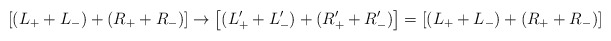
\begin{align*}\left[(L_++L_-)+(R_++R_-)\right] \rightarrow\left[(L_+'+L_-')+(R_+'+R_-')\right] = \left[(L_++L_-)+(R_++R_-)\right]\end{align*}